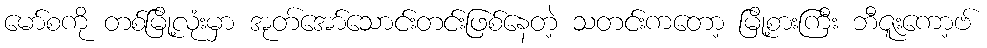
မော်စကို တစ်မြို့လုံးမှာ အုတ်အော်သောင်းတင်းဖြစ်နေတဲ့ သတင်းကတော့ မြို့စားကြီး ဘီဇူးကော့ဗ်